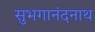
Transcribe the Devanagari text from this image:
सुभगानंदनाथ